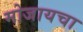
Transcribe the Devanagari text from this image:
मोजायचा